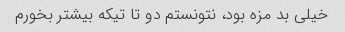
خیلی بد مزه بود، نتونستم دو تا تیکه بیشتر بخورم